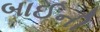
બાઈની